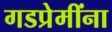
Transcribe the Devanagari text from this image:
गडप्रेमींना